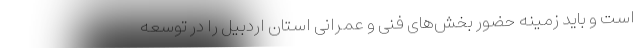
است و باید زمینه حضور بخش‌های فنی و عمرانی استان اردبیل را در توسعه